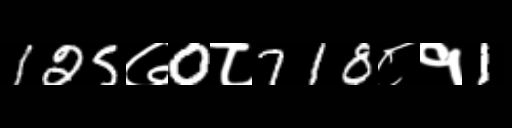
Text: 125७0८718८१1